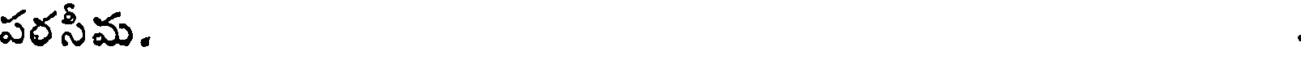
పరసీమ.